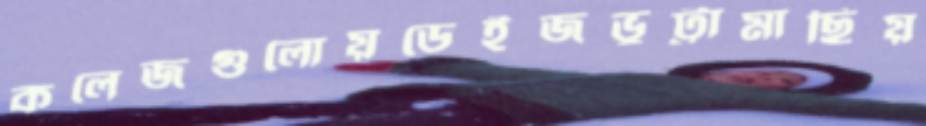
কলেজগুলোয়ডেইজভুট্টামাছিয়